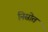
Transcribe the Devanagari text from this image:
निसोत